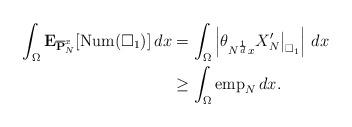
LaTeX: \begin{align*} \int_{\Omega} \mathbf{E}_{ \overline{\mathbf{P}}_{N}^{x}} [{\rm Num}(\square_{1})] \, dx &= \int_{\Omega} \left| \theta_{N^{\frac{1}{d}} x} X_{N}' \big|_{\square_{1}} \right| \, dx \\ &\geq \int_{\Omega} {\rm emp}_{N} \, dx. \end{align*}